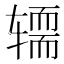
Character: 𰺚